Madras plague regulations and rules for the inspection of inward and outward bound vessels - Volume 2
Disease focus: Plague
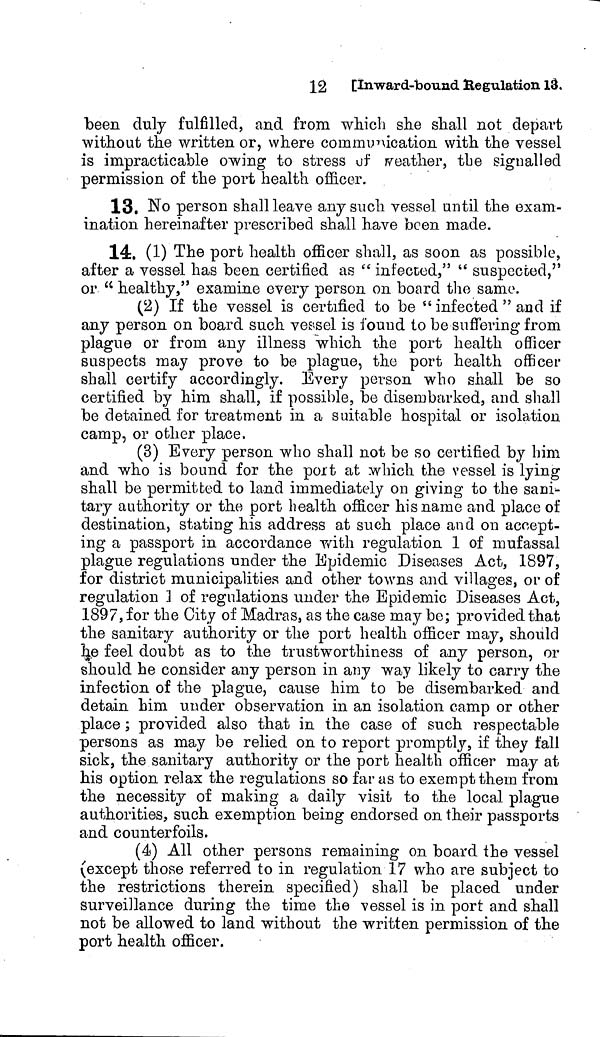
12 [Inward-bound Regulation 13.
been duly fulfilled, and from which she shall not depart
without the written or, where communication with the vessel
is impracticable owing to stress of weather, the signalled
permission of the port health officer.
13, No person shall leave any such vessel until the exam-
ination hereinafter prescribed shall have been made.
14. (1) The port health officer shall, as soon as possible,
after a vessel has been certified as " infected," " suspected,"
or " healthy," examine every person on board the same.
(2) If the vessel is certified to be " infected "and if
any person on board such vessel is found to be suffering from
plague or from any illness which the port health officer
suspects may prove to be plague, the port health officer
shall certify accordingly. Every person who shall be so
certified by him shall, if possible, be disembarked, and shall
be detained for treatment in a suitable hospital or isolation
camp, or other place.
(3) Every person who shall not be so certified by him
and who is bound for the port at which the vessel is lying
shall be permitted to land immediately on giving to the sani-
tary authority or the port health officer his name and place of
destination, stating his address at such place and on accept-
ing a passport in accordance with regulation 1 of mufassal
plague regulations under the Epidemic Diseases Act, 1897,
for district municipalities and other towns and villages, or of
regulation 1 of regulations under the Epidemic Diseases Act,
1897, for the City of Madras, as the case may be; provided that
the sanitary authority or the port health officer may, should
he feel doubt as to the trustworthiness of any person, or
should he consider any person in any way likely to carry the
infection of the plague, cause him to be disembarked and
detain him under observation in an isolation camp or other
place ; provided also that in the case of such respectable
persons as may be relied on to report promptly, if they fall
sick, the sanitary authority or the port health officer may at
his option relax the regulations so far as to exempt them from
the necessity of making a daily visit to the local plague
authorities, such exemption being endorsed on their passports
and counterfoils.
(4) All other persons remaining on board the vessel
(except those referred to in regulation 17 who are subject to
the restrictions therein specified) shall be placed under
surveillance during the time the vessel is in port and shall
not be allowed to land without the written permission of the
port health officer.